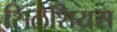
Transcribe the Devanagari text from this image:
सिलेशियस